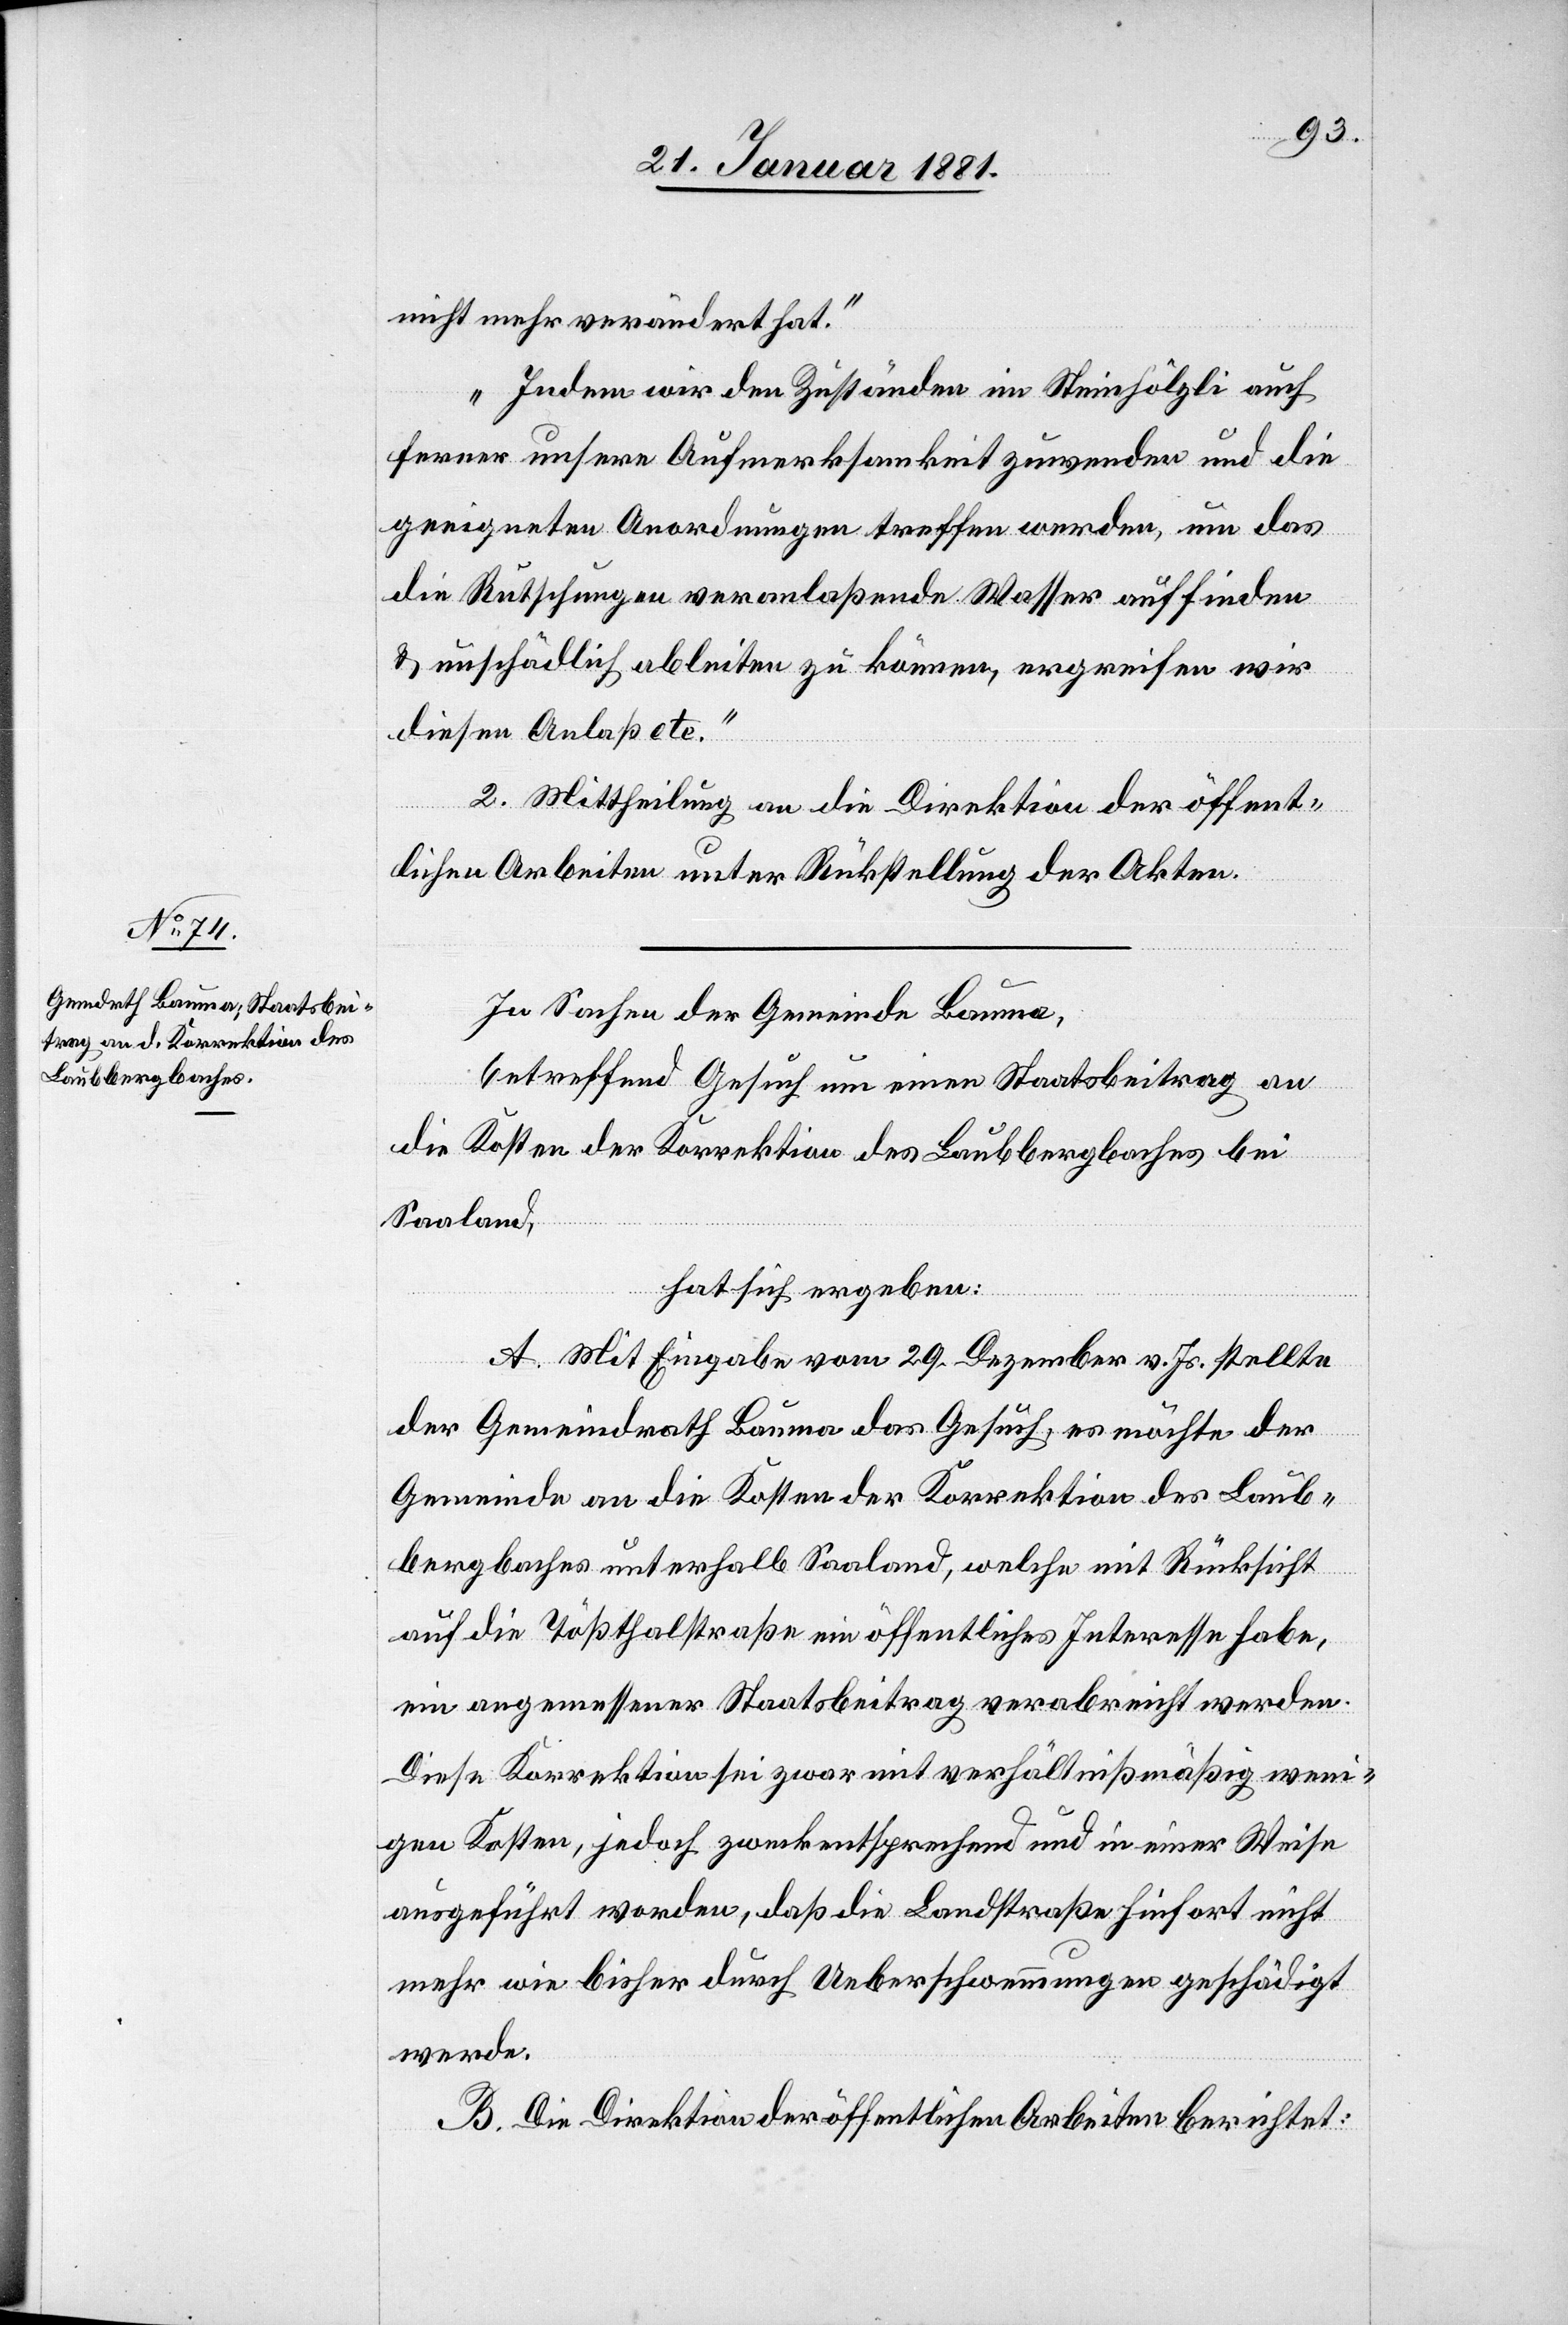
nicht mehr verändert hat.“
„Indem wir den Zuständen im Steinhölzli auch
ferner unsere Aufmerksamkeit zuwenden und die
geeigneten Anordnungen treffen werden, um das
die Rutschungen veranlaßende Wasser auffinden
& unschädlich ableiten zu können, ergreifen wir
diesen Anlaß etc.“
2. Mittheilung an die Direktion der öffent¬
lichen Arbeiten unter Rückstellung der Akten.
In Sachen der Gemeinde Bauma,
betreffend Gesuch um einen Staatsbeitrag an
die Kosten der Korrektion des Laubbergbaches bei
Saaland,
hat sich ergeben:
A. Mit Eingabe vom 19. Dezember v. Js. stellte
der Gemeindrath Bauma das Gesuch, es möchte der
Gemeinde an die Kosten der Korrektion des Laub¬
bergbaches unterhalb Saaland, welche mit Rücksicht
auf die Tößthalstraße ein öffentliches Interesse habe,
ein angemessener Staatsbeitrag verabreicht werden.
Diese Korrektion sei zwar mit verhältnißmäßig weni¬
gen Kosten, jedoch zweckentsprechend und in einer Weise
ausgeführt worden, daß die Landstraße hinfort nicht
mehr wie bisher durch Ueberschwemmung geschädigt
werde.
B. Die Direktion der öffentlichen Arbeiten berichtet: